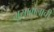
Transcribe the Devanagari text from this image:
भूसावालाची